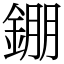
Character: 錋